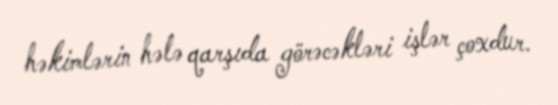
həkimlərin hələ qarşıda görəcəkləri işlər çoxdur.